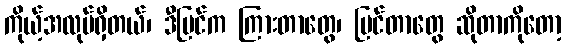
ကိုယ့်အလုပ်ရှိတယ်၊ ဒီပြင်က ကြားတာတွေ၊ မြင်တာတွေ ဆိုတာကိုတော့